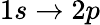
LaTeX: {1s\to 2p}